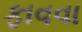
ફાવવા